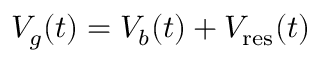
V _ { g } ( t ) = V _ { b } ( t ) + V _ { \mathrm { r e s } } ( t )